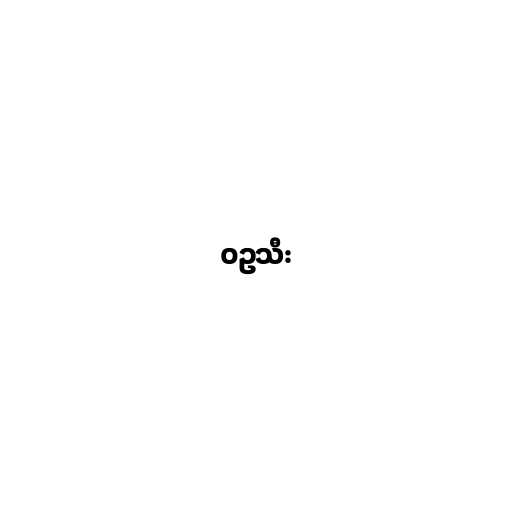
ဝဥသီး